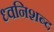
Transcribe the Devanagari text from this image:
ध्वनिशब्द